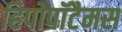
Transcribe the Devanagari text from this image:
हिपोपॉटैमस